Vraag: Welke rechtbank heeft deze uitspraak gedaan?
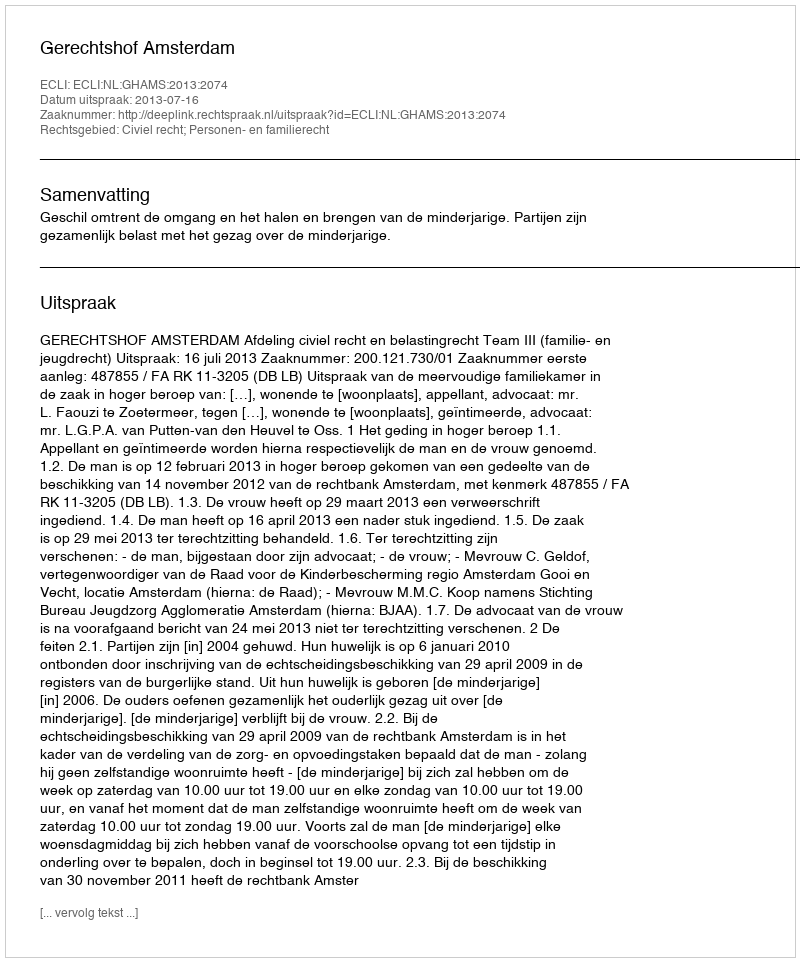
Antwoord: Gerechtshof Amsterdam